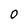
Character: O